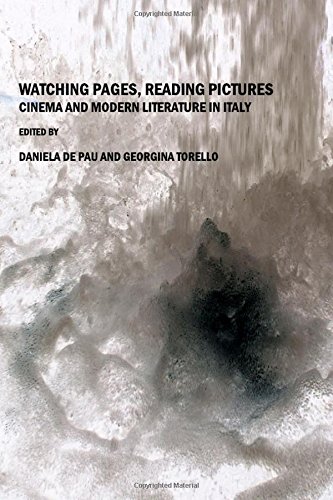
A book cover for Watching Pages, Reading Pictures: Cinema and Modern Literature in Italy; Daniela De Pau and Georgina Torello; Humor & Entertainment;